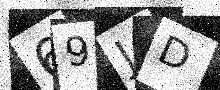
Text: 69JD